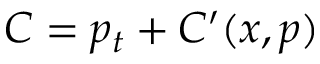
C = p _ { t } + C ^ { \prime } ( x , p )